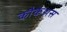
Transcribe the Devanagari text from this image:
कौकेशस